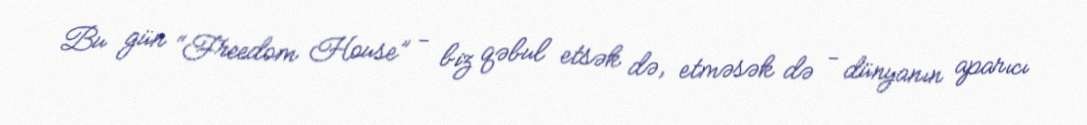
Bu gün “Freedom House” - biz qəbul etsək də, etməsək də - dünyanın aparıcı